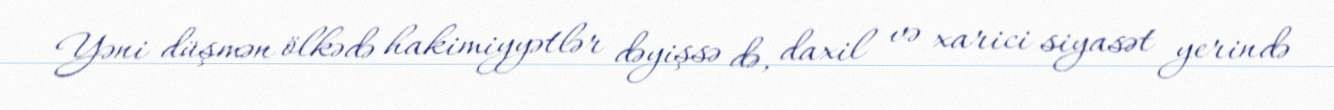
Yəni düşmən ölkədə hakimiyyətlər dəyişsə də, daxil və xarici siyasət yerində